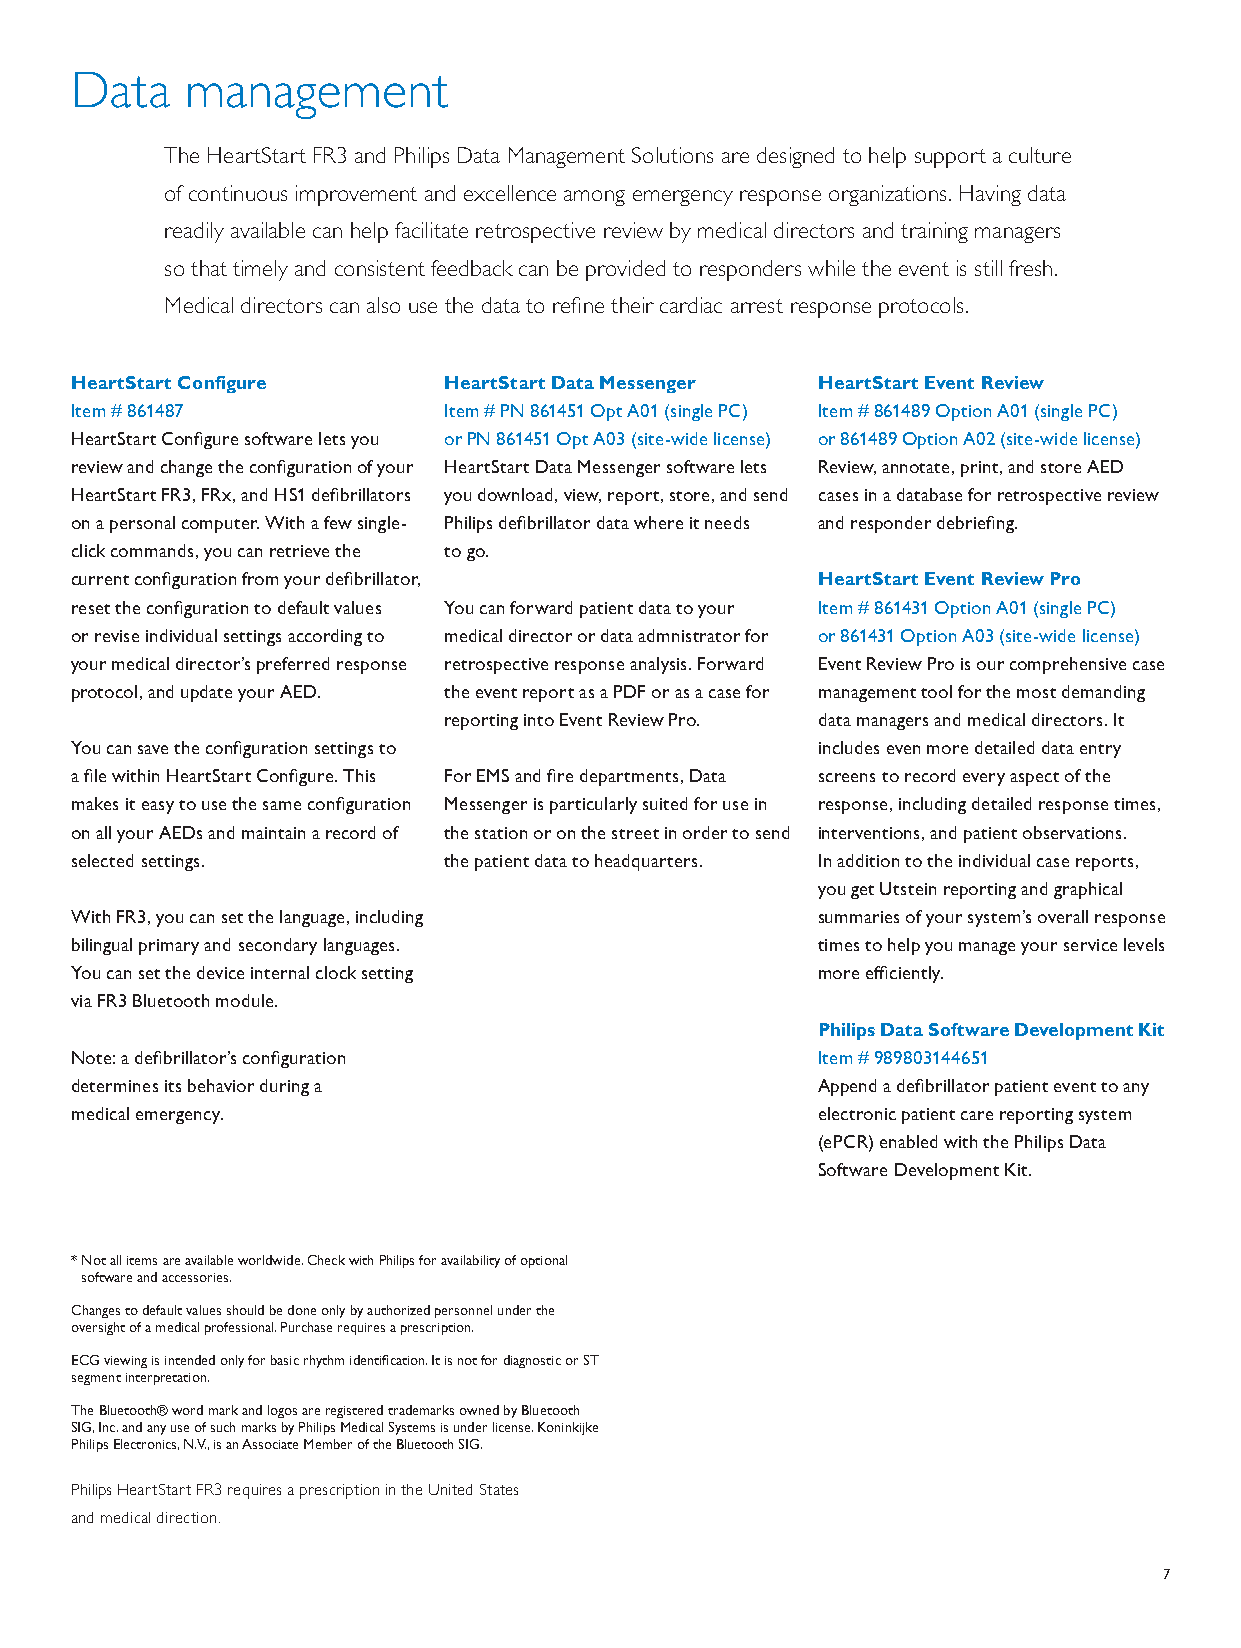
Data   management
 The HeartStart FR3 and Philips Data Management Solutions are designed to help support a culture
 of continuous improvement and excellence among emergency response organizations. Having data
 readily available can help facilitate retrospective review by medical directors and training managers
 so that timely and consistent feedback can be provided to responders while the event is still fresh.
 Medical directors can also use the data to refine their cardiac arrest response protocols.
 HeartStart Configure    HeartStart Data Messenger HeartStart Event Review
 Item # 861487           Item # PN 861451 Opt A01 (single PC) Item # 861489 Option A01 (single PC)
 HeartStart Configure software lets you or PN 861451 Opt A03 (site-wide license) or 861489 Option A02 (site-wide license)
 review and change the configuration of your HeartStart Data Messenger software lets Review, annotate, print, and store AED
 HeartStart FR3, FRx, and HS1 defibrillators you download, view, report, store, and send cases in a database for retrospective review
 on a personal computer. With a few single- Philips defibrillator data where it needs and responder debriefing.
 click commands, you can retrieve the to go.
 current configuration from your defibrillator,   HeartStart Event Review Pro
 reset the configuration to default values You can forward patient data to your Item # 861431 Option A01 (single PC)
 or revise individual settings according to medical director or data admnistrator for or 861431 Option A03 (site-wide license)
 your medical director’s preferred response retrospective response analysis. Forward Event Review Pro is our comprehensive case
 protocol, and update your AED. the event report as a PDF or as a case for management tool for the most demanding
 reporting into Event Review Pro. data managers and medical directors. It
 You can save the configuration settings to       includes even more detailed data entry
 a file within HeartStart Configure. This For EMS and fire departments, Data screens to record every aspect of the
 makes it easy to use the same configuration Messenger is particularly suited for use in response, including detailed response times,
 on all your AEDs and maintain a record of the station or on the street in order to send interventions, and patient observations.
 selected settings.      the patient data to headquarters. In addition to the individual case reports,
 you get Utstein reporting and graphical
 With FR3, you can set the language, including    summaries of your system’s overall response
 bilingual primary and secondary languages.       times to help you manage your service levels
 You can set the device internal clock setting    more efficiently.
 via FR3 Bluetooth module.
 Philips Data Software Development Kit
 Note: a defibrillator’s configuration            Item # 989803144651
 determines its behavior during a                 Append a defibrillator patient event to any
 medical emergency.                               electronic patient care reporting system
 (ePCR) enabled with the Philips Data
 Software Development Kit.
 * Not all items are available worldwide. Check with Philips for availability of optional
 software and accessories.
 Changes to default values should be done only by authorized personnel under the
 oversight of a medical professional. Purchase requires a prescription.
 ECG viewing is intended only for basic rhythm identification. It is not for diagnostic or ST
 segment interpretation.
 The Bluetooth® word mark and logos are registered trademarks owned by Bluetooth
 SIG, Inc. and any use of such marks by Philips Medical Systems is under license. Koninkijke
 Philips Electronics, N.V., is an Associate Member of the Bluetooth SIG.
 Philips HeartStart FR3 requires a prescription in the United States
 and medical direction.
 7
 452296291341.indd 7                                                    4/9/13 10:54 AM